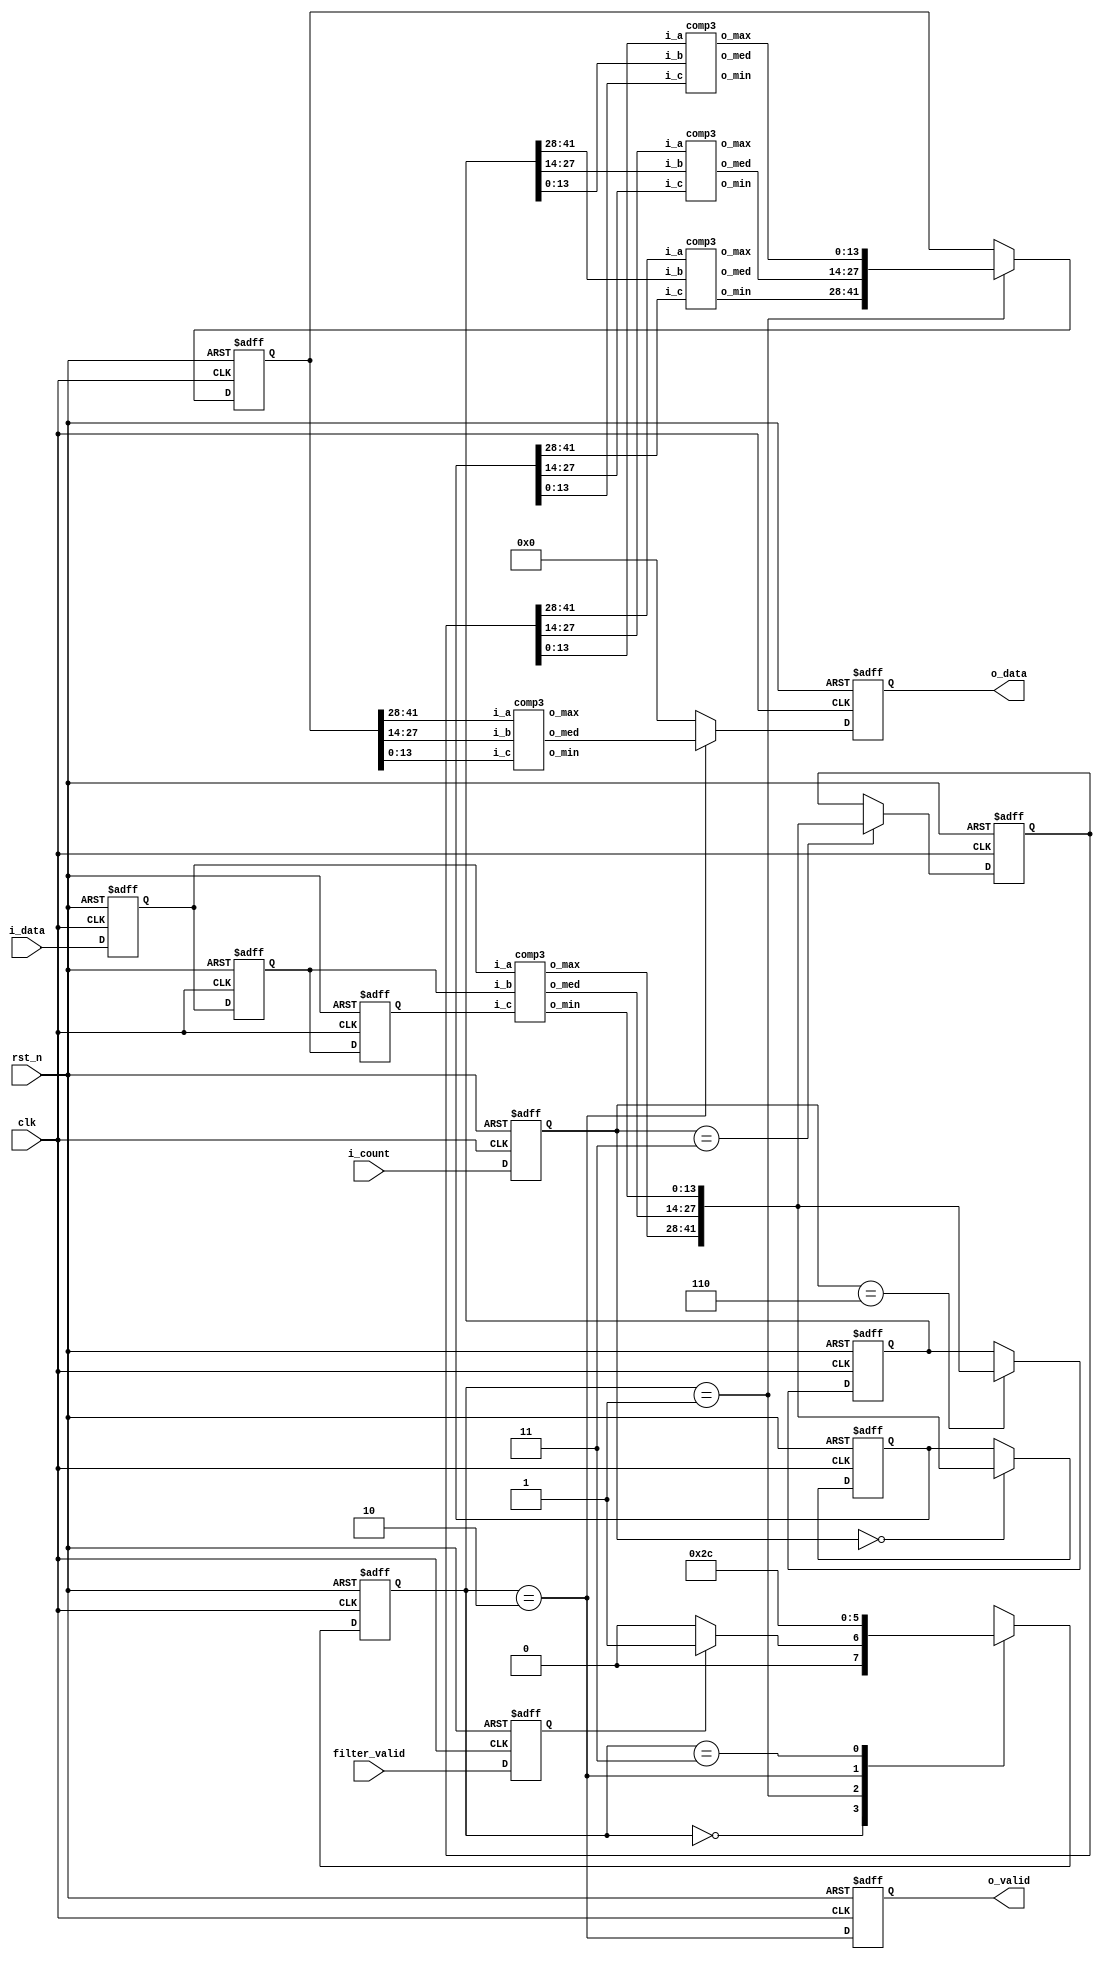
module med_9 (
    input clk,
    input rst_n,
    input filter_valid,
    input [13:0] i_data,
    input [3:0]  i_count,
    output[13:0] o_data,
    output       o_valid
);
    reg         filter_valid_r, o_valid_r;
    reg [3:0]   count_r;
    reg [13:0]  data[2:0], o_data_r;
    wire[41:0]  sort_1, sort_2;
    reg [41:0]  reg1, reg2, reg3, o_c2_r;
    wire[13:0]  max_1, med_1, min_1, o_cmax[2:0], o_cmed[2:0], o_cmin[2:0], o_c3[2:0];
    reg [1:0]   state, next_state;
    localparam load = 2'd0;
    localparam compare2 = 2'd1;
    localparam compare3 = 2'd2;
    localparam endding = 2'd3;
    assign sort_1 = {max_1, med_1, min_1};
    assign sort_2 = {o_cmax[2], o_cmed[1], o_cmin[0]};
    assign o_data = o_data_r;
    assign o_valid = o_valid_r;
    comp3 c1(.i_a(data[0]), .i_b(data[1]), .i_c(data[2]), .o_max(max_1), .o_med(med_1), .o_min(min_1));
    comp3 cmax(.i_a(reg1[41:28]), .i_b(reg2[41:28]), .i_c(reg3[41:28]), .o_max(o_cmax[0]), .o_med(o_cmax[1]), .o_min(o_cmax[2]));
    comp3 cmed(.i_a(reg1[27:14]), .i_b(reg2[27:14]), .i_c(reg3[27:14]), .o_max(o_cmed[0]), .o_med(o_cmed[1]), .o_min(o_cmed[2]));
    comp3 cmin(.i_a(reg1[13:0]), .i_b(reg2[13:0]), .i_c(reg3[13:0]), .o_max(o_cmin[0]), .o_med(o_cmin[1]), .o_min(o_cmin[2]));
    comp3 c3(.i_a(o_c2_r[41:28]), .i_b(o_c2_r[27:14]), .i_c(o_c2_r[13:0]), .o_max(o_c3[0]), .o_med(o_c3[1]), .o_min(o_c3[2]));
    always @(*) begin//state
        case (state)
            load : next_state = (filter_valid_r) ? compare2 : load; //load data and first sort (each 3 datas)
            compare2 : next_state = compare3;                       //creat 3 new group {max[G1,G2,G3]} , {med[..]}, {min[..]}
            compare3 : next_state = endding;                        //compare the {max.min}, {med.med}, {min.max}
            endding : next_state = load;                            //output the result
            default : next_state = state;
        endcase
    end
    always @(posedge clk or negedge rst_n) begin
        if (~rst_n) begin
            state <= load;
            count_r <= 0;
            filter_valid_r <= 0;
            data[0] <= 0; data[1] <= 0; data[2] <= 0;
            reg1 <= 0;
            reg2 <= 0;
            reg3 <= 0;
            o_c2_r <= 0;
            o_data_r <= 0;
            o_valid_r <= 0;
        end else begin
            state <= next_state;
            count_r <= i_count;
            filter_valid_r <= filter_valid;
            data[0] <= i_data; data[1] <= data[0]; data[2] <= data[1];
            reg1 <= (count_r == 4'd3) ? sort_1 : reg1;
            reg2 <= (count_r == 4'd6) ? sort_1 : reg2;
            reg3 <= (count_r == 4'd0) ? sort_1 : reg3;
            o_c2_r <= (state == compare2) ? sort_2 : o_c2_r;
            o_data_r <= (state == compare3) ? o_c3[1] : 0;
            o_valid_r <= (state == compare3);
        end
    end
endmodule

module comp3 (
    input  [13:0] i_a,
    input  [13:0] i_b,
    input  [13:0] i_c,
    output [13:0] o_max,
    output [13:0] o_med,
    output [13:0] o_min
    );
    reg [41:0]  sort_1;
    wire[2:0]   comp;
    assign comp = {i_a >= i_b, i_a >= i_c, i_b >= i_c};
    assign {o_max, o_med, o_min} = sort_1;
    always @(*) begin
        case (comp)
            3'b000 : sort_1 = {i_c, i_b, i_a};//CBA
            3'b001 : sort_1 = {i_b, i_c, i_a};//BCA
            3'b011 : sort_1 = {i_b, i_a, i_c};//BAC
            3'b100 : sort_1 = {i_c, i_a, i_b};//CAB
            3'b110 : sort_1 = {i_a, i_c, i_b};//ACB
            3'b111 : sort_1 = {i_a, i_b, i_c};//ABC
            default : sort_1 = {i_a, i_b, i_c};
        endcase
    end
endmodule